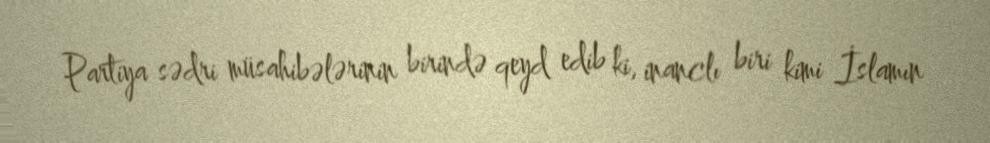
Partiya sədri müsahibələrinin birində qeyd edib ki, inanclı biri kimi İslamın